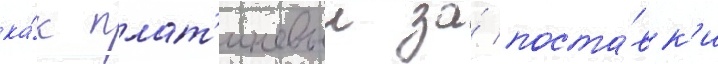
ка́к плат'иновыи за́ поста́вк'и